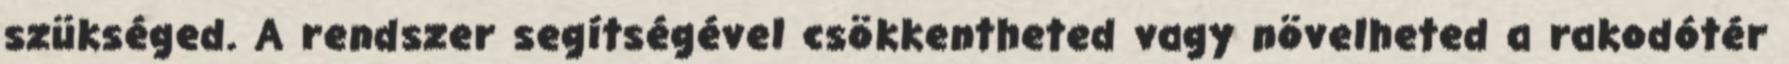
szükséged. A rendszer segítségével csökkentheted vagy növelheted a rakodótér